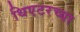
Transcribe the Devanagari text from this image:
थिएटरच्या